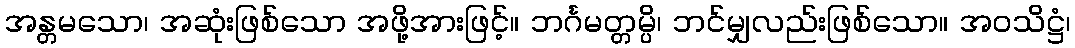
အန္တမသော၊ အဆုံးဖြစ်သော အဖို့အားဖြင့်။ ဘင်္ဂမတ္တမ္ပိ၊ ဘင်မျှလည်းဖြစ်သော။ အဝသိဋ္ဌံ၊